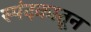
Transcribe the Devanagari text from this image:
स्पंदकातून